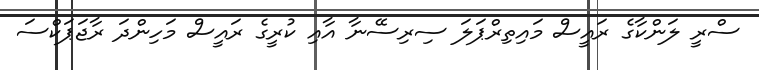
ސްރީ ލަންކާގެ ރައީސް މައިތިރްޕަލަ ސިރިސޭނާ އާއި ކުރީގެ ރައީސް މަހިންދަ ރާޖަޕަކްސަ